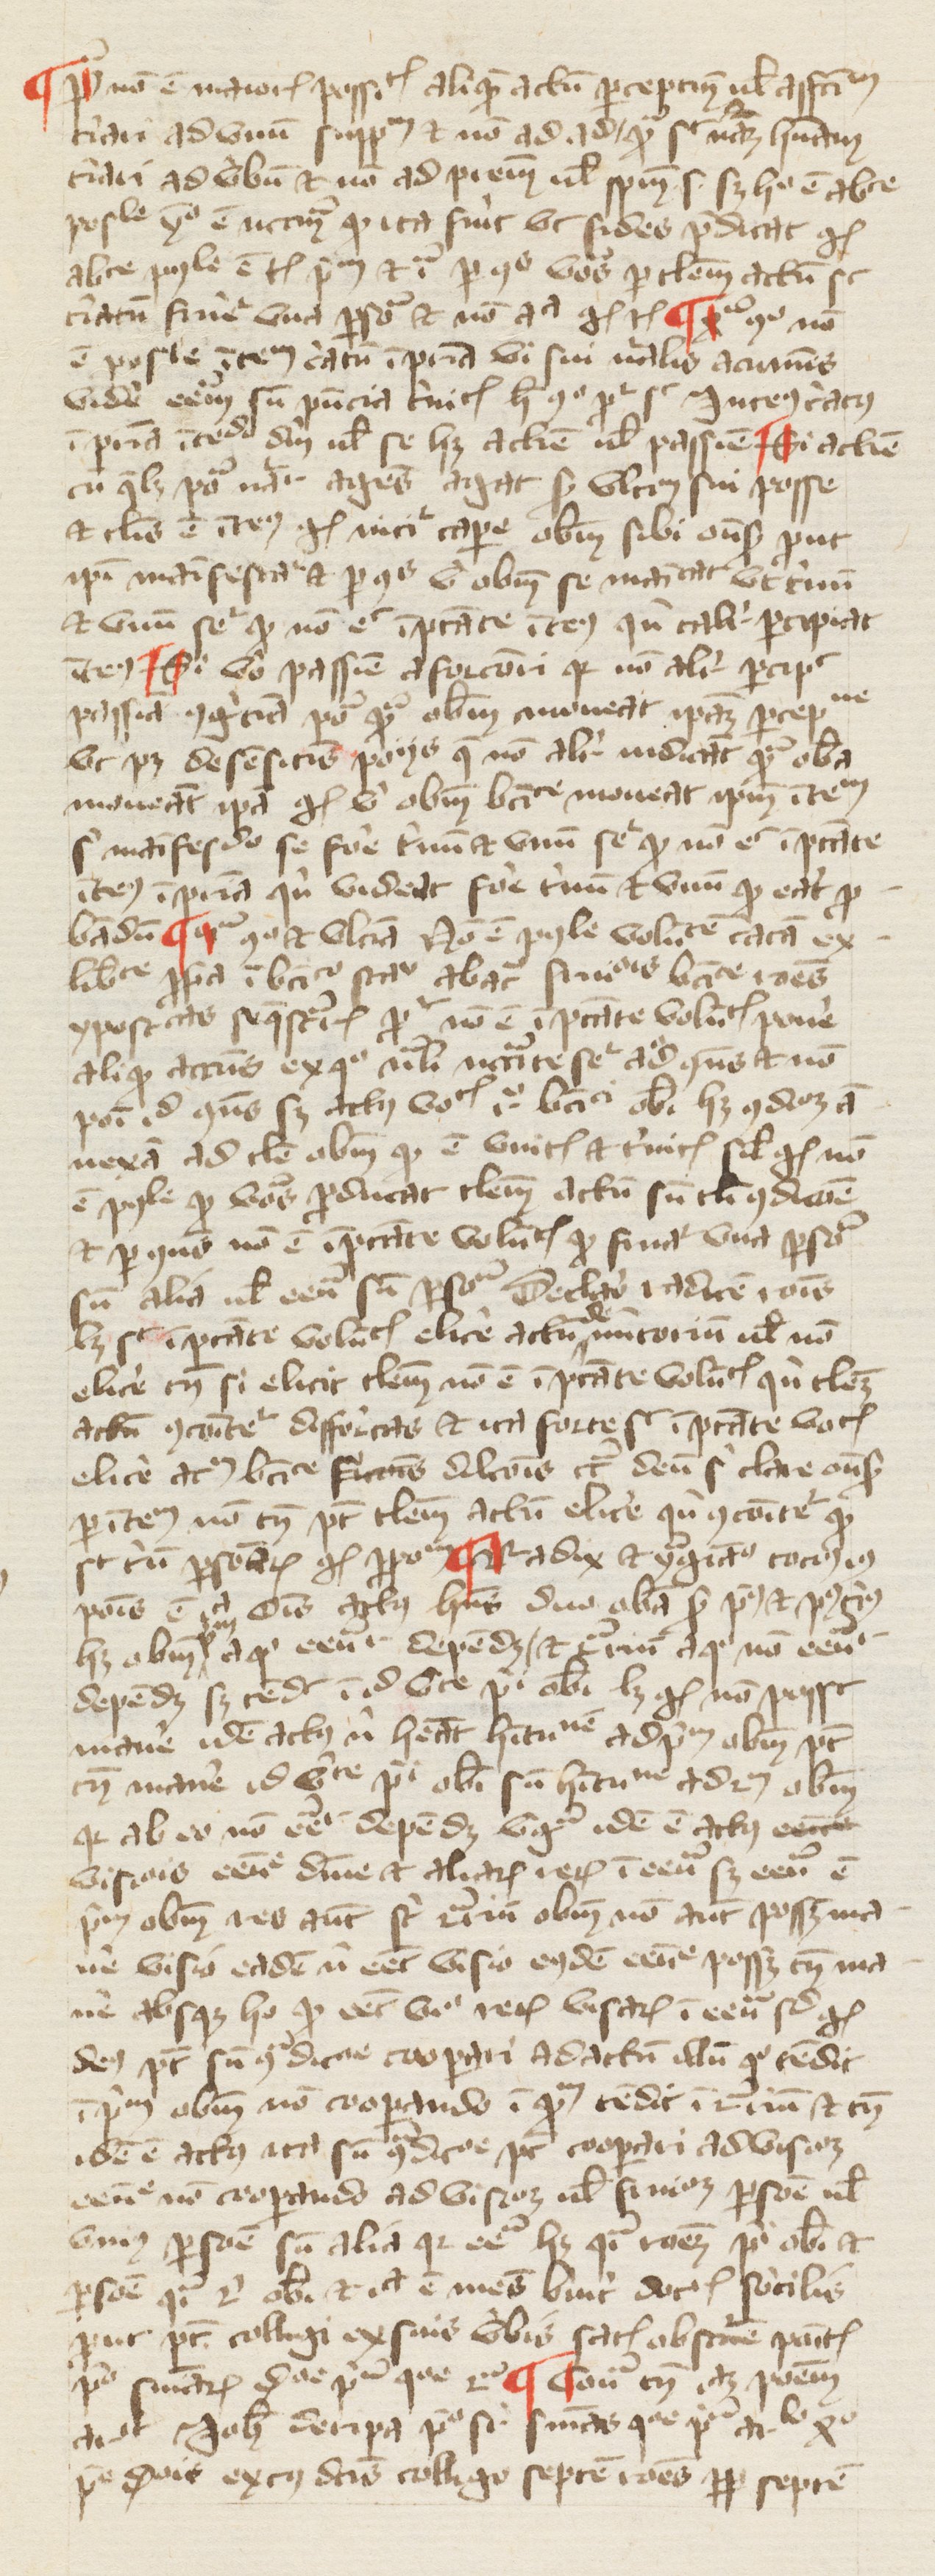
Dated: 1380–1389